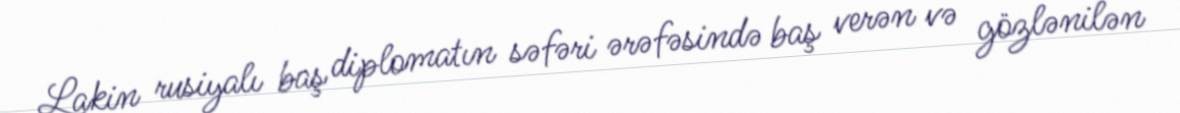
Lakin rusiyalı baş diplomatın səfəri ərəfəsində baş verən və gözlənilən